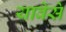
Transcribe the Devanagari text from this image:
यावेसे